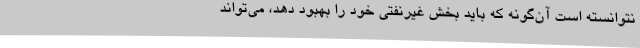
نتوانسته است آن‌گونه که باید بخش غیرنفتی خود را بهبود دهد، می‌تواند